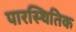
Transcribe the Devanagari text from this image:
पारस्थितिक